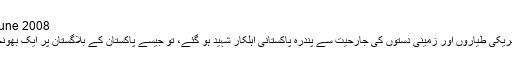
Friday,13 June 2008
رواں ہفتہ میں امریکی طیاروں اور زمینی دستوں کی جارحیت سے پندرہ پاکستانی اہلکار شہید ہو گئے، تو جیسے پاکستان کے بلاگستان پر ایک بھونچال سا آ گیا ہے۔